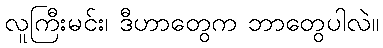
လူကြီးမင်း၊ ဒီဟာတွေက ဘာတွေပါလဲ။